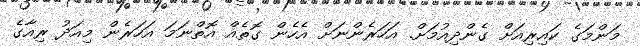
މަންމަގެ ކައިރިއަށް ގެންދިއުމަށް. އަހަރެންނަށް އެހެން ގޮތެއް އޮތްނަމަ އަހަރެން މިއަދު ރިއާގެ